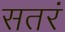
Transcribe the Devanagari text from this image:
सतरं